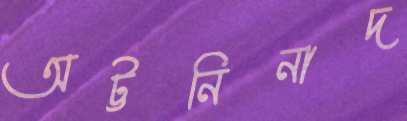
অট্টনিনাদ